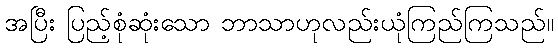
အပြီး ပြည့်စုံဆုံးသော ဘာသာဟုလည်းယုံကြည်ကြသည်။